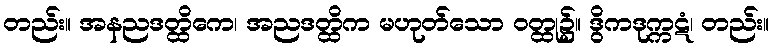
တည်း။ အနညဒတ္ထိကေ၊ အညဒတ္ထိက မဟုတ်သော ဝတ္ထု၌။ ဒွိကဒုက္ကဋံ၊ တည်း။